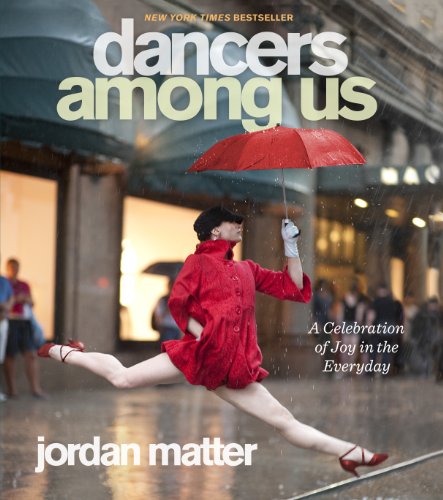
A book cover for Dancers Among Us: A Celebration of Joy in the Everyday; Jordan Matter; Humor & Entertainment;